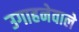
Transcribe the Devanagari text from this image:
उगाहनेवाले